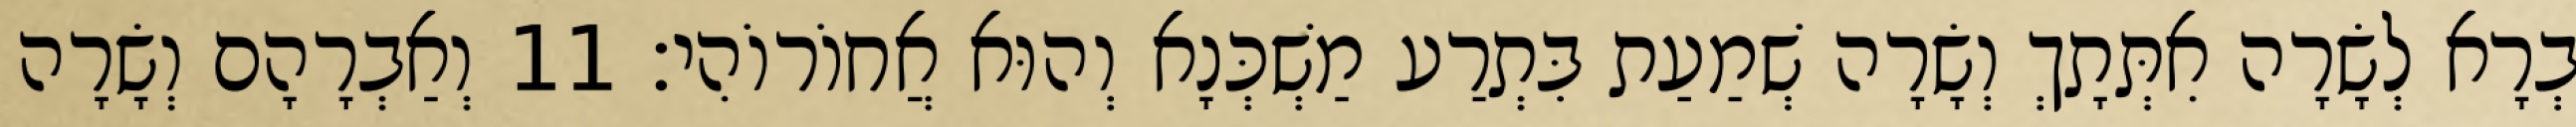
בְרָא לְשָׂרָה אִתְּתָךְ וְשָׂרָה שְׁמַעַת בִּתְרַע מַשְׁכְּנָא וְהוּא אֲחוֹרוֹהִי׃ 11 וְאַבְרָהָם וְשָׂרָה